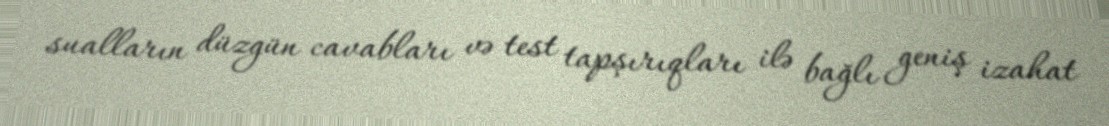
sualların düzgün cavabları və test tapşırıqları ilə bağlı geniş izahat